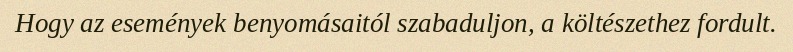
Hogy az események benyomásaitól szabaduljon, a költészethez fordult.